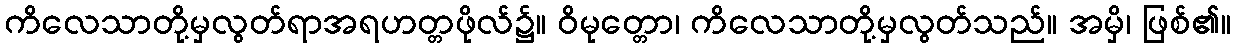
ကိလေသာတို့မှလွတ်ရာအရဟတ္တဖိုလ်၌။ ဝိမုတ္တော၊ ကိလေသာတို့မှလွတ်သည်။ အမှိ၊ ဖြစ်၏။